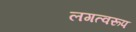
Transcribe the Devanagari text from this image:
लगत्वरूप